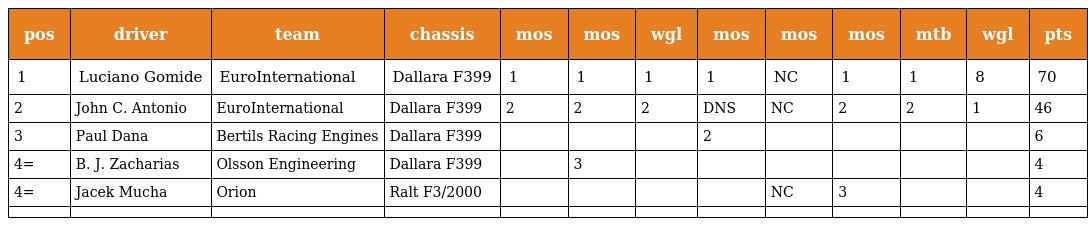
| pos | driver | team | chassis | mos | mos | wgl | mos | mos | mos | mtb | wgl | pts |
 | --- | --- | --- | --- | --- | --- | --- | --- | --- | --- | --- | --- | --- |
 | 1 | Luciano Gomide | EuroInternational | Dallara F399 | 1 | 1 | 1 | 1 | NC | 1 | 1 | 8 | 70 |
 | 2 | John C. Antonio | EuroInternational | Dallara F399 | 2 | 2 | 2 | DNS | NC | 2 | 2 | 1 | 46 |
 | 3 | Paul Dana | Bertils Racing Engines | Dallara F399 |  |  |  | 2 |  |  |  |  | 6 |
 | 4= | B. J. Zacharias | Olsson Engineering | Dallara F399 |  | 3 |  |  |  |  |  |  | 4 |
 | 4= | Jacek Mucha | Orion | Ralt F3/2000 |  |  |  |  | NC | 3 |  |  | 4 |
 |  |  |  |  |  |  |  |  |  |  |  |  |  |